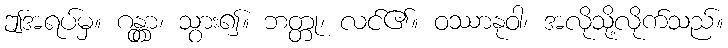
ဤအရပ်မှ။ ဂန္တွာ၊ သွား၍။ ဘတ္တု၊ လင်၏။ ဝဿာနုဝါ၊ အလိုသို့လိုက်သည်။